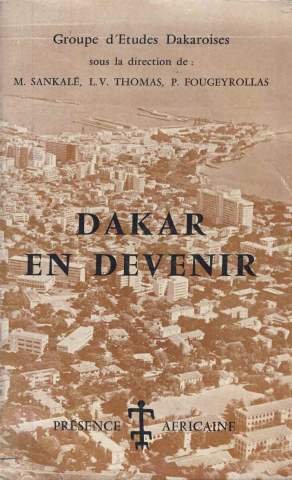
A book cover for Dakar en devenir, Sankale, Thomas, Fougeyrollas (groupes d'Etudes Dakaroises); M. Sankale; Travel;